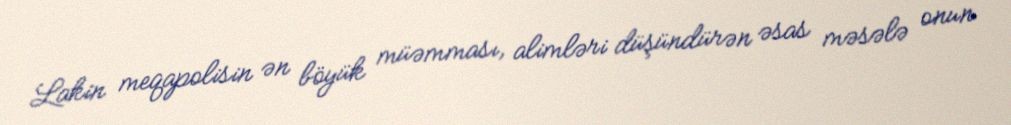
Lakin meqapolisin ən böyük müəmması, alimləri düşündürən əsas məsələ onun